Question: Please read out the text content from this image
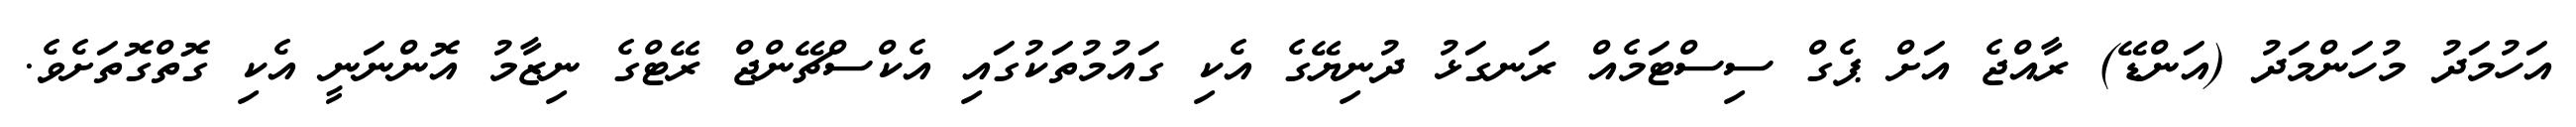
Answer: އަހުމަދު މުހަންމަދު (އަންޑޭ) ރާއްޖެ އަށް ޕެގް ސިސްޓަމެއް ރަނގަޅު ދުނިޔޭގެ އެކި ގައުމުތަކުގައި އެކްސްޗޭންޖް ރޭޓްގެ ނިޒާމު އޮންނަނީ އެކި ގޮތްގޮތަށެވެ.